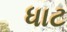
ધાટ